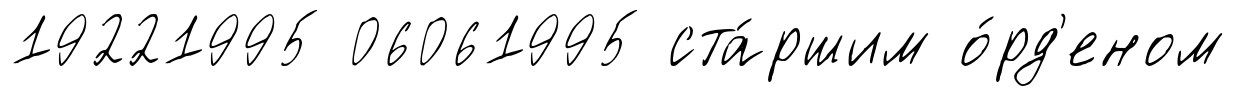
19221995 06061995 ста́ршим о́рд'еном